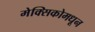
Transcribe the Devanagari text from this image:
मेक्सिकोमधून